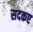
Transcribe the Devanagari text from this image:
सदकए